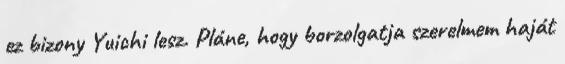
ez bizony Yuichi lesz. Pláne, hogy borzolgatja szerelmem haját